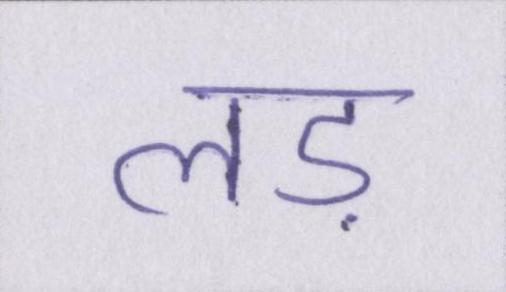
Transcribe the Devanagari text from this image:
लड़